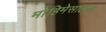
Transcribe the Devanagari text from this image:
मोहिमेसाठीचा